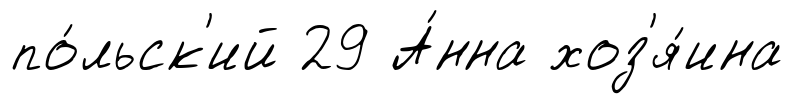
по́льск'ий 29 А́нна хоз'я́ина